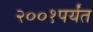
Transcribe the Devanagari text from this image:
२००१पर्यंत